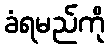
ခံရမည်ကို